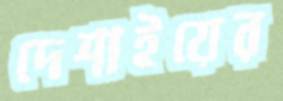
দেশাইয়ের